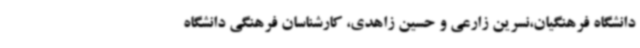
دانشگاه فرهنگیان،نسرین زارعی و حسین زاهدی، کارشناسان فرهنگی دانشگاه